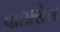
વાઇસિસ